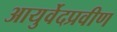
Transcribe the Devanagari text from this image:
आयुर्वेदप्रवीण